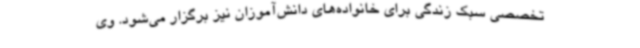
تخصصی سبک زندگی برای خانواده‌های دانش‌آموزان نیز برگزار می‌شود. وی